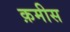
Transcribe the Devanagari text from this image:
क़मीस